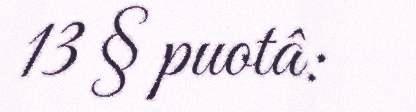
13 § puotâ: